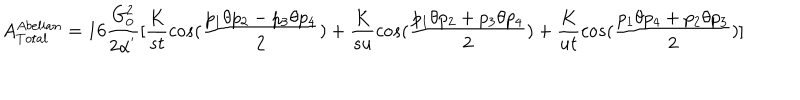
LaTeX: A _ { T o t a l } ^ { A b e l i a n } = 1 6 \frac { G _ { 0 } ^ { 2 } } { 2 \alpha ^ { ' } } [ \frac { K } { s t } c o s ( \frac { p _ { 1 } \theta p _ { 2 } - p _ { 3 } \theta p _ { 4 } } { 2 } ) + \frac { K } { s u } c o s ( \frac { p _ { 1 } \theta p _ { 2 } + p _ { 3 } \theta p _ { 4 } } { 2 } ) + \frac { K } { u t } c o s ( \frac { p _ { 1 } \theta p _ { 4 } + p _ { 2 } \theta p _ { 3 } } { 2 } ) ]